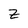
Character: z